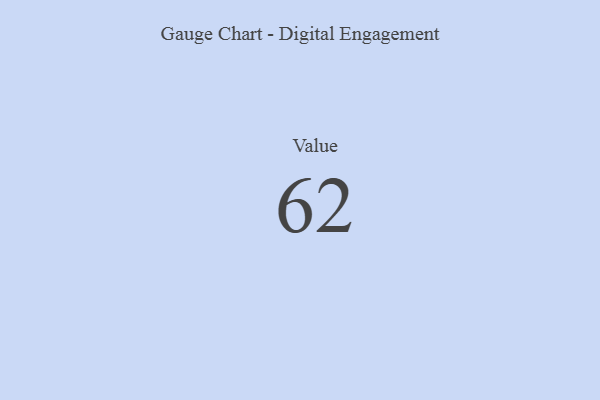
{"axis": {"x": "Metric", "y": "Value"}, "legend": [""], "data": [{"x": "Value", "y": 62, "type": ""}]}